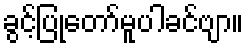
ခွင့်ပြုတော်မူပါခင်ဗျာ။